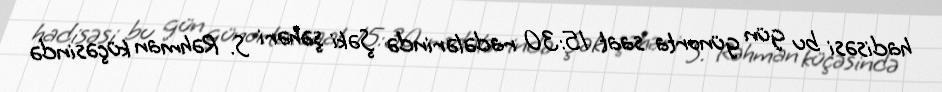
hadisəsi bu gün günorta saat 15:30 radələrində Şəki şəhəri S. Rəhman küçəsində